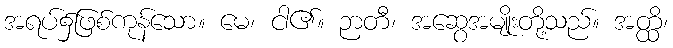
အရပ်၌ဖြစ်ကုန်သော။ မေ၊ ငါ၏။ ဉာတီ၊ အဆွေအမျိုးတို့သည်။ အတ္ထိ၊